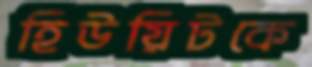
হিউয়িটকে